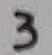
Text: 3